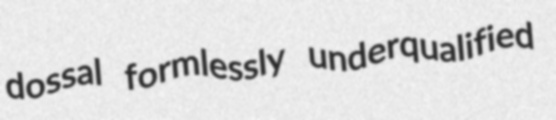
dossal formlessly underqualified